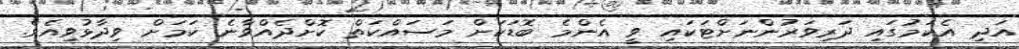
އަދި އެކަމުގައި ދަރިވަރުންނަށްޓަކައި ވީ އެންމެ ބޮޑަކަށް މަސައްކަތް ކޮށްދެއްވާނެ ކަމަށް ވިދާޅުވިއެވެ.